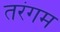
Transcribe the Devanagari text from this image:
तरंगम